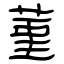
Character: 菫